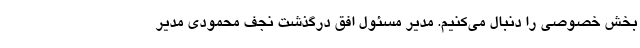
بخش خصوصی را دنبال می‌کنیم. مدیر مسئول افق درگذشت نجف محمودی مدیر